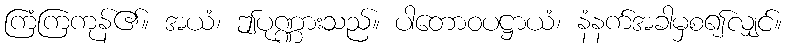
ကြံကြကုန်၏။ အယံ၊ ဤပုဏ္ဏားသည်။ ပါတောဝပဋ္ဌာယံ၊ နံနက်အခါမှစ၍လျှင်။